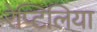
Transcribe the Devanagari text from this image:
रेप्टिलिया